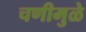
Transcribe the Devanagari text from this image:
चणीमुळे